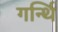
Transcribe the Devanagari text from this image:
गर्न्थि